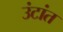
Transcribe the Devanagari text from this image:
उंटांत